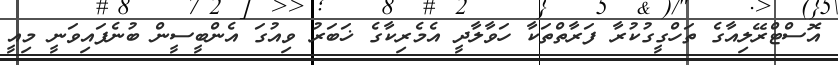
އޮސްޓްރޭލިއާގެ ތަހްގީގުކުރާ ފަރާތްތަކާ ހަވާލާދީ އެމެރިކާގެ ޚަބަރު ވިއުގަ އެންބީސީން ބުނެފައިވަނީ މިއީ